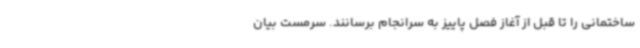
ساختمانی را تا قبل از آغاز فصل پاییز به سرانجام برسانند. سرمست بیان